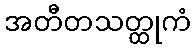
အတီတသတ္ထုကံ